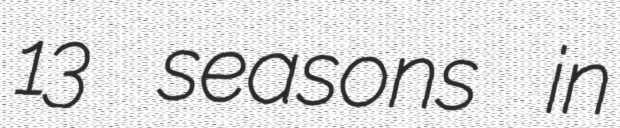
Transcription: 13 seasons in